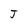
Character: J